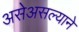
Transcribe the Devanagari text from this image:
असेअसल्याने